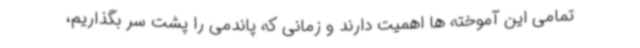
تمامی این آموخته ها اهمیت دارند و زمانی که پاندمی را پشت سر بگذاریم،